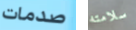
صدمات سلامته